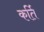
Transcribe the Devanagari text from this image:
कर्ति